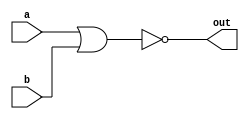
//2022-02-22 
//NOR gate
module top_module(
            input a,
            input b,
            output out);

assign      out=~(a|b);

endmodule